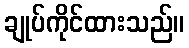
ချုပ်ကိုင်ထားသည်။